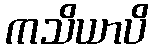
ကသိယာပိ